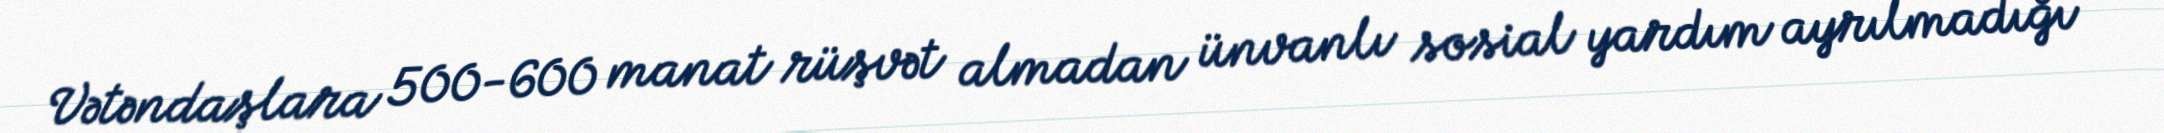
Vətəndaşlara 500-600 manat rüşvət almadan ünvanlı sosial yardım ayrılmadığı